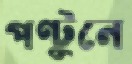
পণ্টুনে